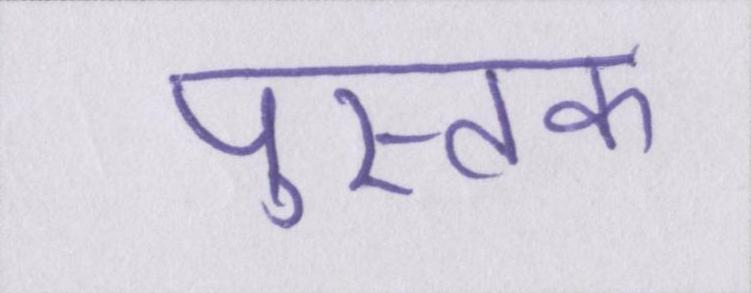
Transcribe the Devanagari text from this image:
पुस्तक